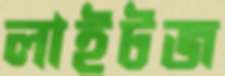
লাইটজ